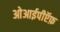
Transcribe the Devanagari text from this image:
ओआईपीऍफ़